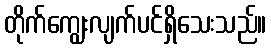
တိုက်ကျွေးလျက်ပင်ရှိသေးသည်။